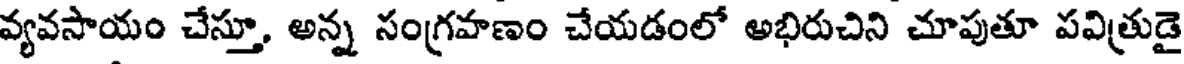
వ్యవసాయం చేస్తూ, అన్న సంగ్రహణం చేయడంలో అభిరుచిని చూపుతూ పవిత్రుడై